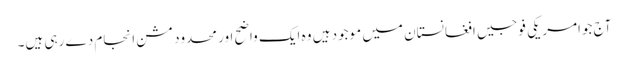
آج جوامریکی فوجیں افغانستان میں موجود ہیں وہ ایک واضح اور محدود مشن انجام دے رہی ہیں۔